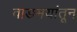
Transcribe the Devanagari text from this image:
वाङमयांतून